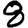
Digit: 8